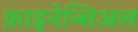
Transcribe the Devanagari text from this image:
फ़ाइनेन्शिअल